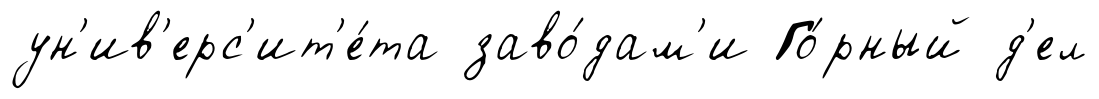
ун'ив'ерс'ит'е́та заво́дам'и Го́рный д'ел